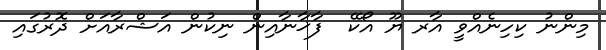
މިންނު ކިހިނެއްވީ އާރ ޔޫ އޯކޭ  ފާޚާނާއިން ނިކުން އަޝްރާއަށް ދޮރުގައި